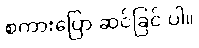
စကားပြော ဆင်ခြင် ပါ။